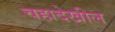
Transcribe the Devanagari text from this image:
चहादेखील